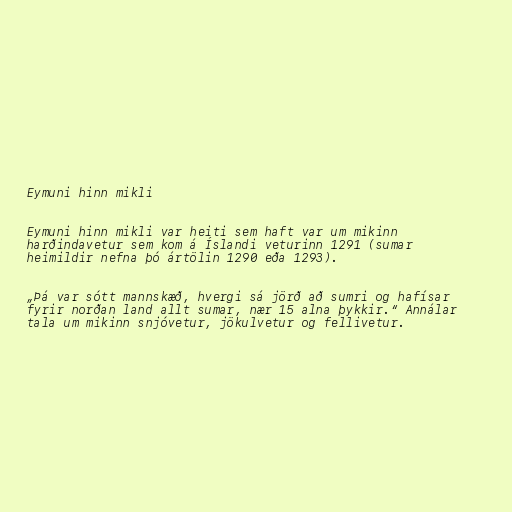
Eymuni hinn mikli

Eymuni hinn mikli var heiti sem haft var um mikinn
harðindavetur sem kom á Íslandi veturinn 1291 (sumar
heimildir nefna þó ártölin 1290 eða 1293).

„Þá var sótt mannskæð, hvergi sá jörð að sumri og hafísar
fyrir norðan land allt sumar, nær 15 alna þykkir.“ Annálar
tala um mikinn snjóvetur, jökulvetur og fellivetur.